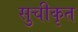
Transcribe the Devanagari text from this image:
सुचीकृत